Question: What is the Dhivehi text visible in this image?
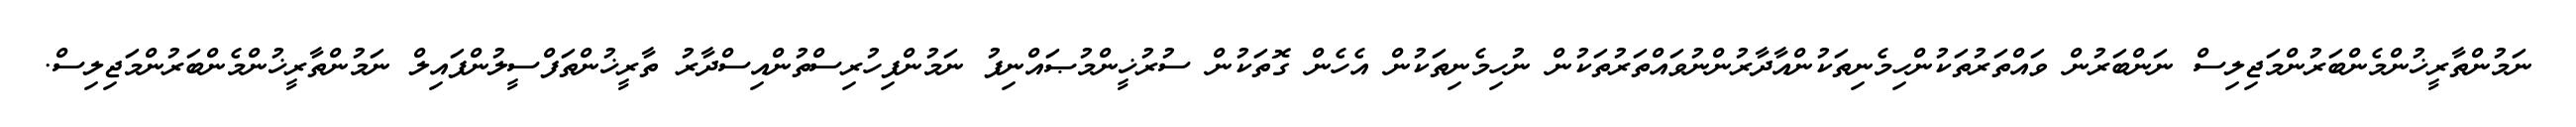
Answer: ނަމުންތާރީޚުންމެންބަރުންމަޖިލިސް ނަންބަރުން ވައްތަރުތަކުންހިމެނިތަކުންއާދާރުންނުވައްތަރުތަކުން ނުހިމެނިތަކުން އެހެން ގޮތަކުން ސުރުޚީންމުޞައްނިފު ނަމުންފިހުރިސްތުންއިސްދާރު ތާރީޚުންތަފްސީލުންފައިލް ނަމުންތާރީޚުންމެންބަރުންމަޖިލިސް.